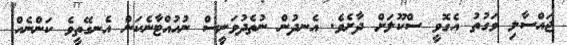
ޖައްސާލި ވަގުތު އެގޮވީ ސްކޫލަށް ދާށެވެ. އެނދުން ނުތެދުވަނީސް ނުހުއްޓާނެކަން އެނގޭތީވެ ކަންނެއް